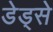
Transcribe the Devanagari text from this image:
डेड्से